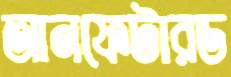
আনফেটারড